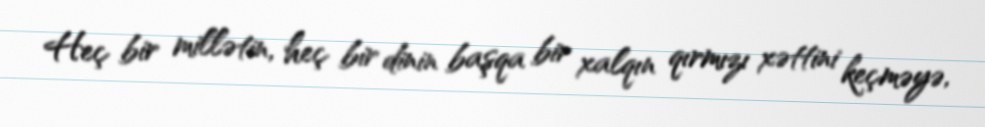
Heç bir millətin, heç bir dinin başqa bir xalqın qırmızı xəttini keçməyə,